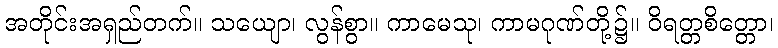
အတိုင်းအရှည်တက်။ သယျော၊ လွန်စွာ။ ကာမေသု၊ ကာမဂုဏ်တို့၌။ ဝိရတ္တစိတ္တော၊